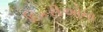
દિકરીઓના